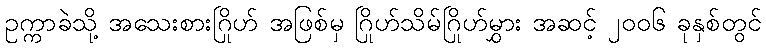
ဥက္ကာခဲသို့ အသေးစားဂြိုဟ် အဖြစ်မှ ဂြိုဟ်သိမ်ဂြိုဟ်မွှား အဆင့် ၂၀၀၆ ခုနှစ်တွင်